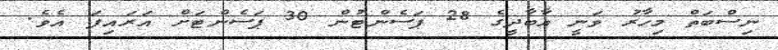
ނިސްބަތް މިހާރު ވަނީ އާބާދީގެ 28 ޕަސެންޓުން 30 ޕަސެންޓަށް އަރައިފަ އެވެ.